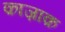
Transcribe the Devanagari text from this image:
क़ाज़ाक़